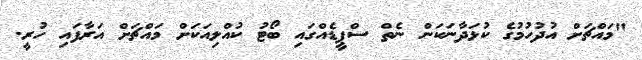
"މައްޗަށް އުދުހުމުގެ ކުޅަދާނަކަން ނެތް ސްޕީޑެއްގައި ބޯޓު ކުއްލިއަކަށް މައްޗަށް އަރާފައި ހުރީ.